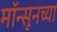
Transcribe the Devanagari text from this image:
मॉन्सूनच्या